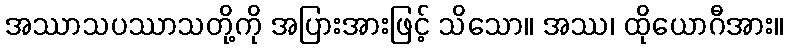
အဿာသပဿာသတို့ကို အပြားအားဖြင့် သိသော။ အဿ၊ ထိုယောဂီအား။